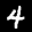
Label: 4